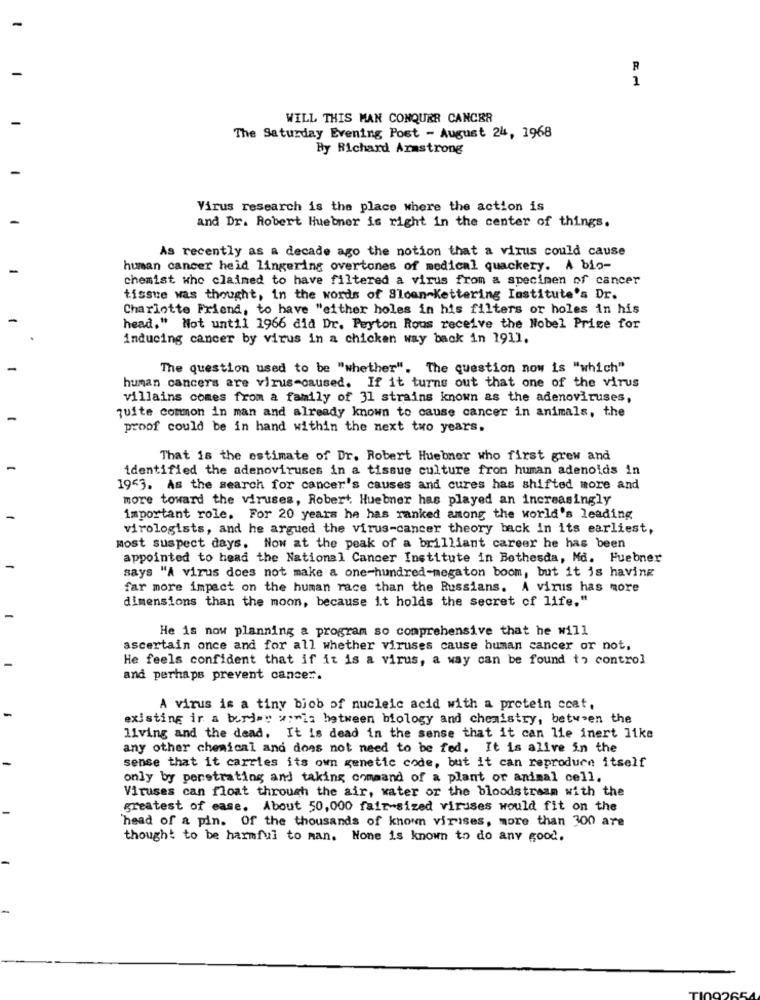
R
1
WILL THIS MAN CONQUER CANCER
The Saturday Evening Post - August 24, 1968
By Richard Armstrong
Virus research is the place where the action is
and Dr. Robert Huebner is right in the center of things.
As recently as a decade ago the notion that a virus could cause
human cancer heid lingering overtones of medical quackery. A bio-
chemist whe claimed to have filtered a virus from a specimen of cancer
tissue was thought, in the words of Sloan Kettering Institute's Dr.
Charlotte Friend, to have "either holes in his filters or holes in his
head," Not until 1966 did Dr. Peyton Rous receive the Nobel Prize for
inducing cancer by virus in a chicken way back in 1911.
The question used to be "whether". The question now is "which"
human cancers are virus-caused. If it turns out that one of the virus
villains comes from a family of 31 strains known as the adenoviruses,
quite common in man and already known to cause cancer in animals, the
proof could be in hand within the next two years.
That is the estimate of Dr. Robert Huebner who first grew and
identified the adenoviruses in a tissue culture from human adenoids in
1943. As the search for cancer's causes and cures has shifted more and
more toward the viruses, Robert. Huebner has played an increasingly
important role. For 20 years he has ranked among the world's leading
virologists, and he argued the virus-cancer theory back in its earliest,
most suspect days. Now at the peak of a brilliant career he has been
appointed to head the National Cancer Institute in Bethesda, Md. Huebner
says "A virus does not make a one-hundred-megaton boom, but it is having
far more impact on the human race than the Russians. A virus has more
dimensions than the moon, because it holds the secret of life,"
He is now planning a program so comprehensive that he will
ascertain once and for all whether viruses cause human cancer or not,
He feels confident that if it is a virus, a way can be found to control
and perhaps prevent cancer.
A virus is a tiny biob of nucleic acid with a protein coat,
existing in a berime wowis between biology and chemistry, between the
living and the dead. It is dead in the sense that it can lie inert like
any other chemical and does not need to be fed. It is alive in the
sense that it carries its own genetic code, but it can reproduce itself
only by penetrating and taking comaand of a plant or animal cell.
Viruses can float through the air, water or the bloodstream with the
greatest of ease. About 50,000 fair-sized viruses would fit on the
head of a pin. Of the thousands of known viruses, more than 300 are
thought to be harmful to man. None is known to do any good.